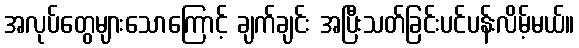
အလုပ်တွေများသောကြောင့် ချက်ချင်း အပြီးသတ်ခြင်းပင်ပန်းလိမ့်မယ်။